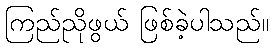
ကြည်ညိုဖွယ် ဖြစ်ခဲ့ပါသည်။